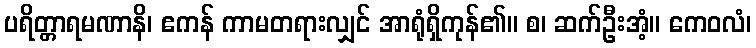
ပရိတ္တာရမဏာနိ၊ ဧကန် ကာမတရားလျှင် အာရုံရှိကုန်၏။ စ၊ ဆက်ဦးအံ့။ ကေဝလံ၊